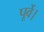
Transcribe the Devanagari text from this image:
पूर्वे।